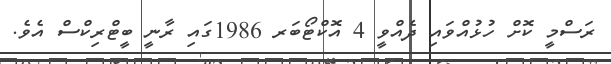
ރަސްމީ ކޮށް ހުޅުއްވައި ދެއްވީ 4 އޮކްޓޯބަރ 1986ގައި ރާނީ ބީޓްރިކްސް އެވެ.